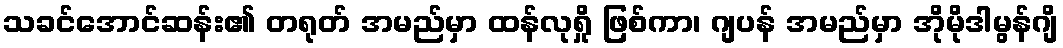
သခင်အောင်ဆန်း၏ တရုတ် အမည်မှာ ထန်လုရှို ဖြစ်ကာ၊ ဂျပန် အမည်မှာ အိုမိုဒါမွန်ဂျိ